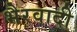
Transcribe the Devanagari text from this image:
भैरवादी